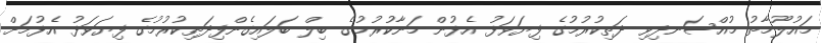
މައުލޫމާތު މުއްސަނދިވި ދަތިކުރުމުގެ ފިޔަވަޅު އެޅުން މަނާކުރުމުގެ ބިލް ބަލައިގެންފިދަަތިކުރުމުގެ ފިޔަވަޅު އެޅުމަށް